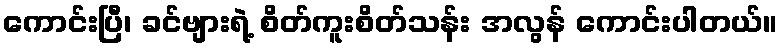
ကောင်းပြီ၊ ခင်ဗျားရဲ့ စိတ်ကူးစိတ်သန်း အလွန် ကောင်းပါတယ်။